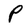
Character: p